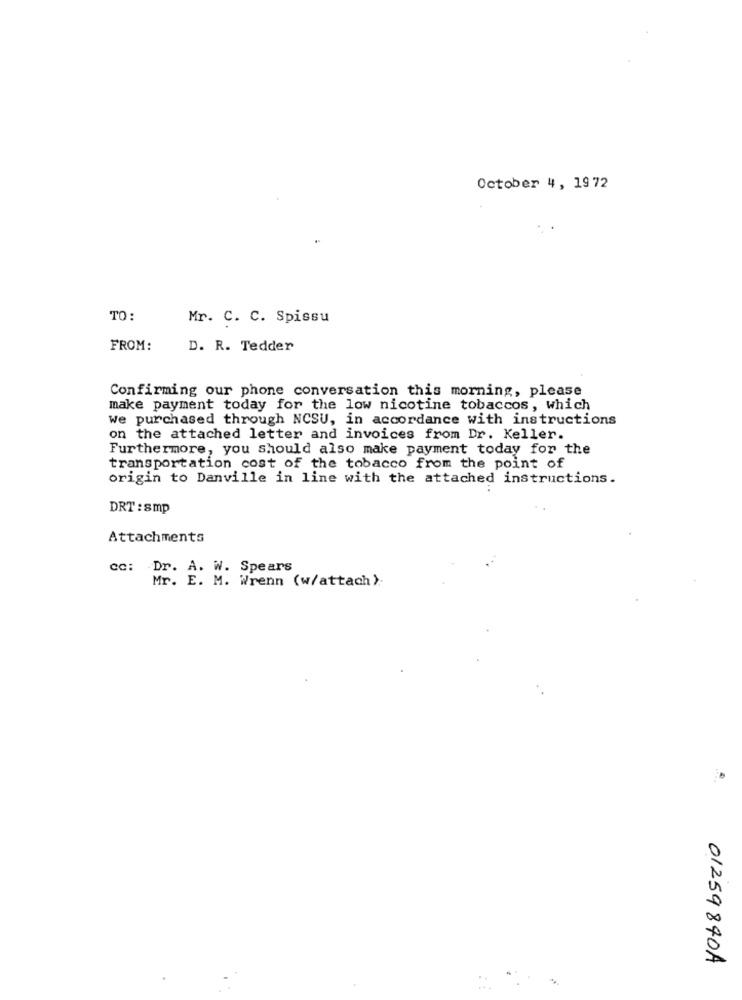
October 4, 1972
TO:
Mr. C. C. Spissu
FROM:
D. R. Tedder
Confirming our phone conversation this morning, please
make payment today for the low nicotine tobaccos, which
We purchased through NCSU, in accordance with instructions
on the attached letter and invoices from Dr. Keller.
Furthermore, you should also make payment today for the
transportation cost of the tobacco from the point of
origin to Danville in line with the attached instructions.
DRT : smp
Attachments
cc: Dr. A. W. Spears
Mr. E. M. Wrenn (w/attach).
01259840A